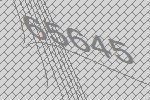
65645